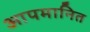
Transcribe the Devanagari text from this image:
आपमानित